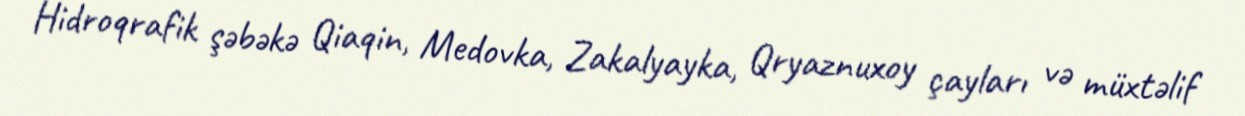
Hidroqrafik şəbəkə Qiaqin, Medovka, Zakalyayka, Qryaznuxoy çayları və müxtəlif